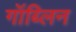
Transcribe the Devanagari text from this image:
गॉब्लिन